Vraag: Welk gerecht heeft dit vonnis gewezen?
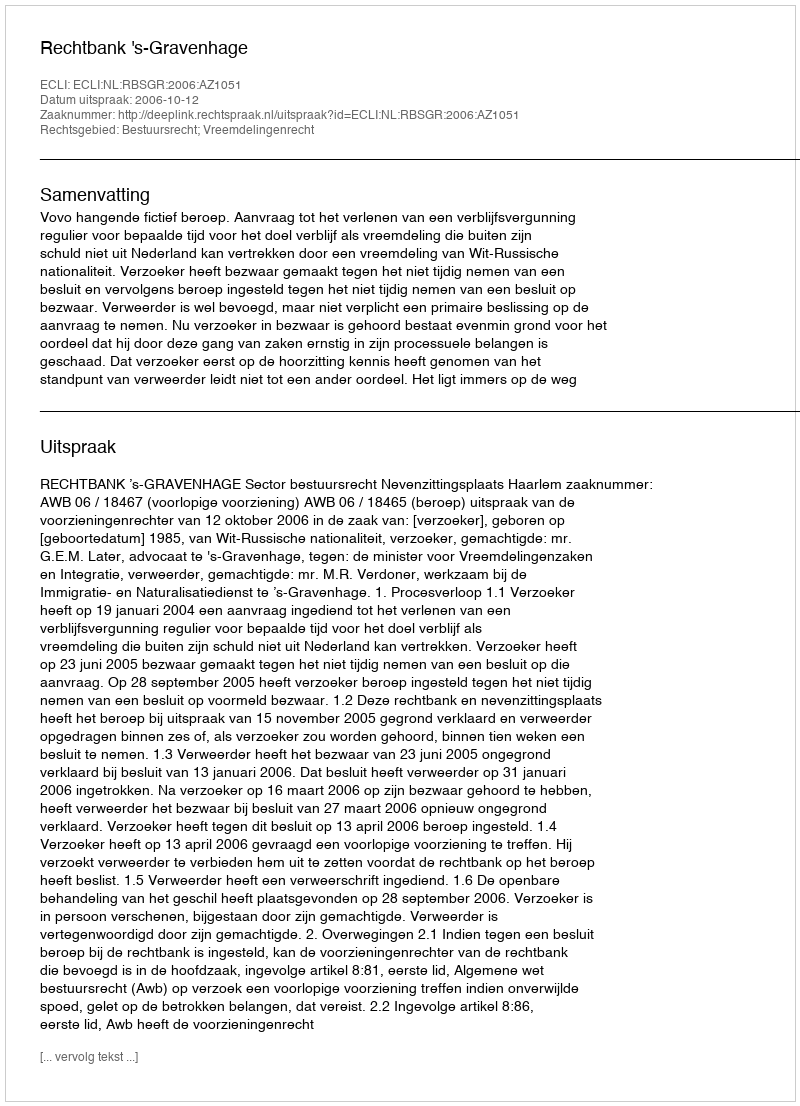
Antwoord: Rechtbank 's-Gravenhage